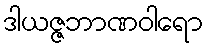
ဒါယဇ္ဇဘာဏဝါရော